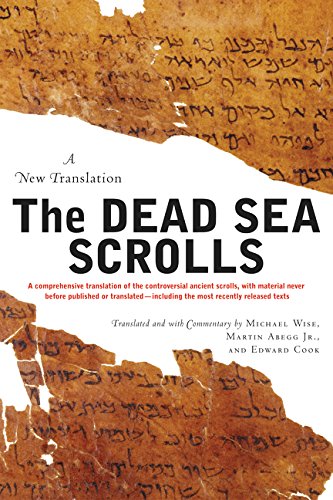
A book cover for The Dead Sea Scrolls: A New Translation; Michael O. Wise; Christian Books & Bibles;